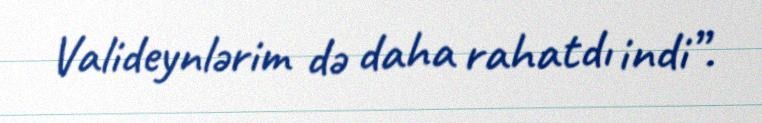
Valideynlərim də daha rahatdı indi”.